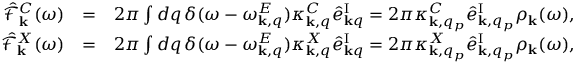
\begin{array} { r l r } { \hat { \mathcal { F } } _ { { \bf k } } ^ { C } ( \omega ) } & { = } & { 2 \pi \int d q \, \delta ( \omega - \omega _ { { \bf k } , q } ^ { E } ) \kappa _ { { \bf k } , q } ^ { C } \hat { e } _ { { \bf k } q } ^ { \mathrm { I } } = 2 \pi \kappa _ { { \bf k } , q _ { p } } ^ { C } \hat { e } _ { { \bf k } , q _ { p } } ^ { \mathrm { I } } \rho _ { { \bf k } } ( \omega ) , } \\ { \hat { \mathcal { F } } _ { { \bf k } } ^ { X } ( \omega ) } & { = } & { 2 \pi \int d q \, \delta ( \omega - \omega _ { { \bf k } , q } ^ { E } ) \kappa _ { { \bf k } , q } ^ { X } \hat { e } _ { { \bf k } q } ^ { \mathrm { I } } = 2 \pi \kappa _ { { \bf k } , q _ { p } } ^ { X } \hat { e } _ { { \bf k } , q _ { p } } ^ { \mathrm { I } } \rho _ { { \bf k } } ( \omega ) , } \end{array}